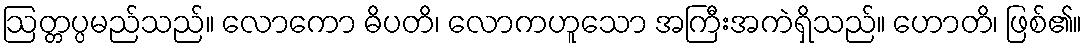
ဩတ္တပ္ပမည်သည်။ လောကော ဓိပတိ၊ လောကဟူသော အကြီးအကဲရှိသည်။ ဟောတိ၊ ဖြစ်၏။